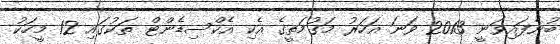
ބުނެފައިވަނީ 2013 ވަނަ އަހަރު މަގުމަތީގެ އެކި އެކްސިޑެންޓް ތަކުގައި 12 މީހަކު